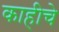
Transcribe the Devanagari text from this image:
काहीचे